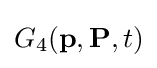
G_{4}(\mathbf {p} ,\mathbf {P} ,t)